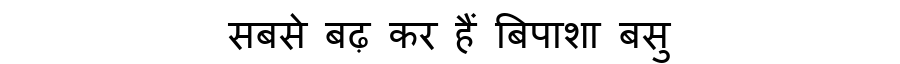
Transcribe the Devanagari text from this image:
सबसे बढ़ कर हैं बिपाशा बसु